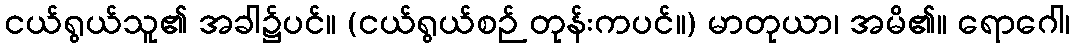
ငယ်ရွယ်သူ၏ အခါ၌ပင်။ (ငယ်ရွယ်စဉ် တုန်းကပင်။) မာတုယာ၊ အမိ၏။ ရောဂေါ၊